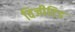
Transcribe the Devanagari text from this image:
विजीटिड